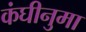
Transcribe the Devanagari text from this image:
कंघीनुमा